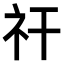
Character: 𥘏